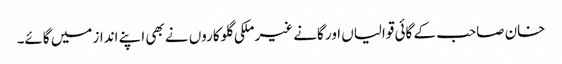
خان صاحب کے گائی قوالیاں اور گانے غیر ملکی گلوکاروں نے بھی اپنے انداز میں گائے۔